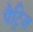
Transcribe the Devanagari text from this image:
पैट्रिज